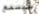
سيسمع